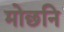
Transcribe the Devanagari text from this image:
मोछनि